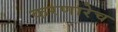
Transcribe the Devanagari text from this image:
करणारेच